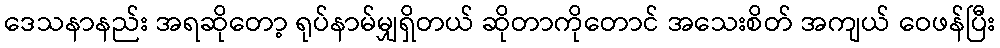
ဒေသနာနည်း အရဆိုတော့ ရုပ်နာမ်မျှရှိတယ် ဆိုတာကိုတောင် အသေးစိတ် အကျယ် ဝေဖန်ပြီး